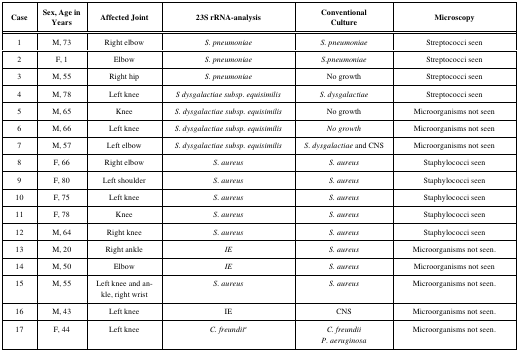
| Case | Sex, Age in Years | Affected Joint | 23S rRNA-analysis | ConventionalCulture | Microscopy |
 | --- | --- | --- | --- | --- | --- |
 | 1 | M, 73 | Right elbow | S. pneumoniae | S. pneumoniae | Streptococci seen |
 | 2 | F, 1 | Elbow | S. pneumoniae | S.pneumoniae | Streptococci seen |
 | 3 | M, 55 | Right hip | S. pneumoniae | No growth | Streptococci seen |
 | 4 | M, 78 | Left knee | S dysgalactiae subsp. equisimilis | S. dysgalactiae | Streptococci seen |
 | 5 | M, 65 | Knee | S. dysgalactiae subsp. equisimilis | No growth | Microorganisms not seen |
 | 6 | M, 66 | Left knee | S. dysgalactiae subsp. equisimilis | No growth | Microorganisms not seen |
 | 7 | M, 57 | Left elbow | S. dysgalactiae subsp. equisimilis | S. dysgalactiae and CNS | Microorganisms not seen |
 | 8 | F, 66 | Right elbow | S. aureus | S. aureus | Staphylococci seen |
 | 9 | F, 80 | Left shoulder | S. aureus | S. aureus | Staphylococci seen |
 | 10 | F, 75 | Left knee | S. aureus | S. aureus | Staphylococci seen |
 | 11 | F, 78 | Knee | S. aureus | S. aureus | Staphylococci seen |
 | 12 | M, 64 | Right knee | S. aureus | S. aureus | Staphylococci seen |
 | 13 | M, 20 | Right ankle | IE | S. aureus | Microorganisms not seen. |
 | 14 | M, 50 | Elbow | IE | S. aureus | Microorganisms not seen |
 | 15 | M, 55 | Left knee and ankle, right wrist | S. aureus | S. aureus | Microorganisms not seen. |
 | 16 | M, 43 | Left knee | IE | CNS | Microorganisms not seen. |
 | 17 | F, 44 | Left knee | C. freundiia | C. freundii P. aeruginosa | Microorganisms not seen. |